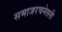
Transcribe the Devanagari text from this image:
समाजरचनेतली